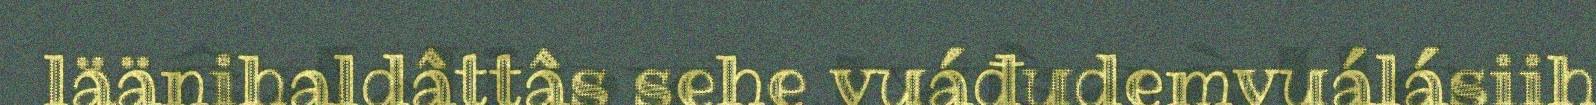
läänihaldâttâs sehe vuáđudemvuálásiih